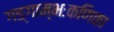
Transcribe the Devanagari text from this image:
गङ्गाम्भःकणिका